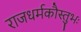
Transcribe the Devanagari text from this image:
राजधर्मकौस्तुभः